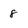
Character: 8